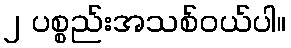
၂ ပစ္စည်းအသစ်ဝယ်ပါ။